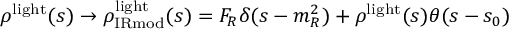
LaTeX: \rho ^ { \mathrm { l i g h t } } ( s ) \to \rho _ { \mathrm { I R m o d } } ^ { \mathrm { l i g h t } } ( s ) = F _ { R } \delta ( s - m _ { R } ^ { 2 } ) + \rho ^ { \mathrm { l i g h t } } ( s ) \theta ( s - s _ { 0 } )